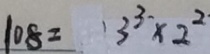
1 0 8 = 3 ^ { 3 } \times 2 ^ { 2 }